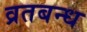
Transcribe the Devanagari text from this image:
व्रतबन्ध